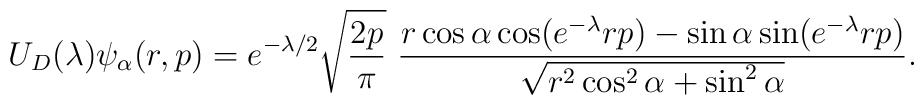
U_D(\lambda)\psi_\alpha(r,p) =  e^{-\lambda/2}\sqrt{\frac{2p}{\pi}}\ \frac{r\cos\alpha\cos  (e^{-\lambda}rp) - \sin\alpha\sin  (e^{-\lambda}rp)}{\sqrt{r^2\cos^2\alpha + \sin^2\alpha}}.